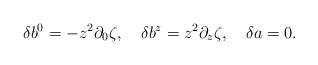
\begin{align*}\delta b^0=-z^2\partial_0\zeta,\quad\delta b^z=z^2\partial_z\zeta,\quad\delta a=0.\end{align*}